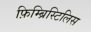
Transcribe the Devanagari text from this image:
फ़िम्ब्रिस्टिलिस